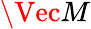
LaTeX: \Vec{M}